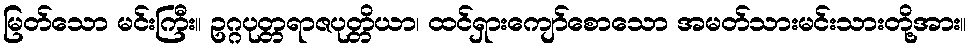
မြတ်သော မင်းကြီး။ ဥဂ္ဂပုတ္တရာဇပုတ္တိယာ၊ ထင်ရှားကျော်စောသော အမတ်သားမင်းသားတို့အား။